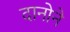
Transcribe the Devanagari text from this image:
दानोने